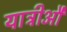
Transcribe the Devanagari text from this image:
यात्रीऔं